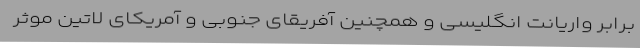
برابر واریانت انگلیسی و همچنین آفریقای جنوبی و آمریکای لاتین موثر